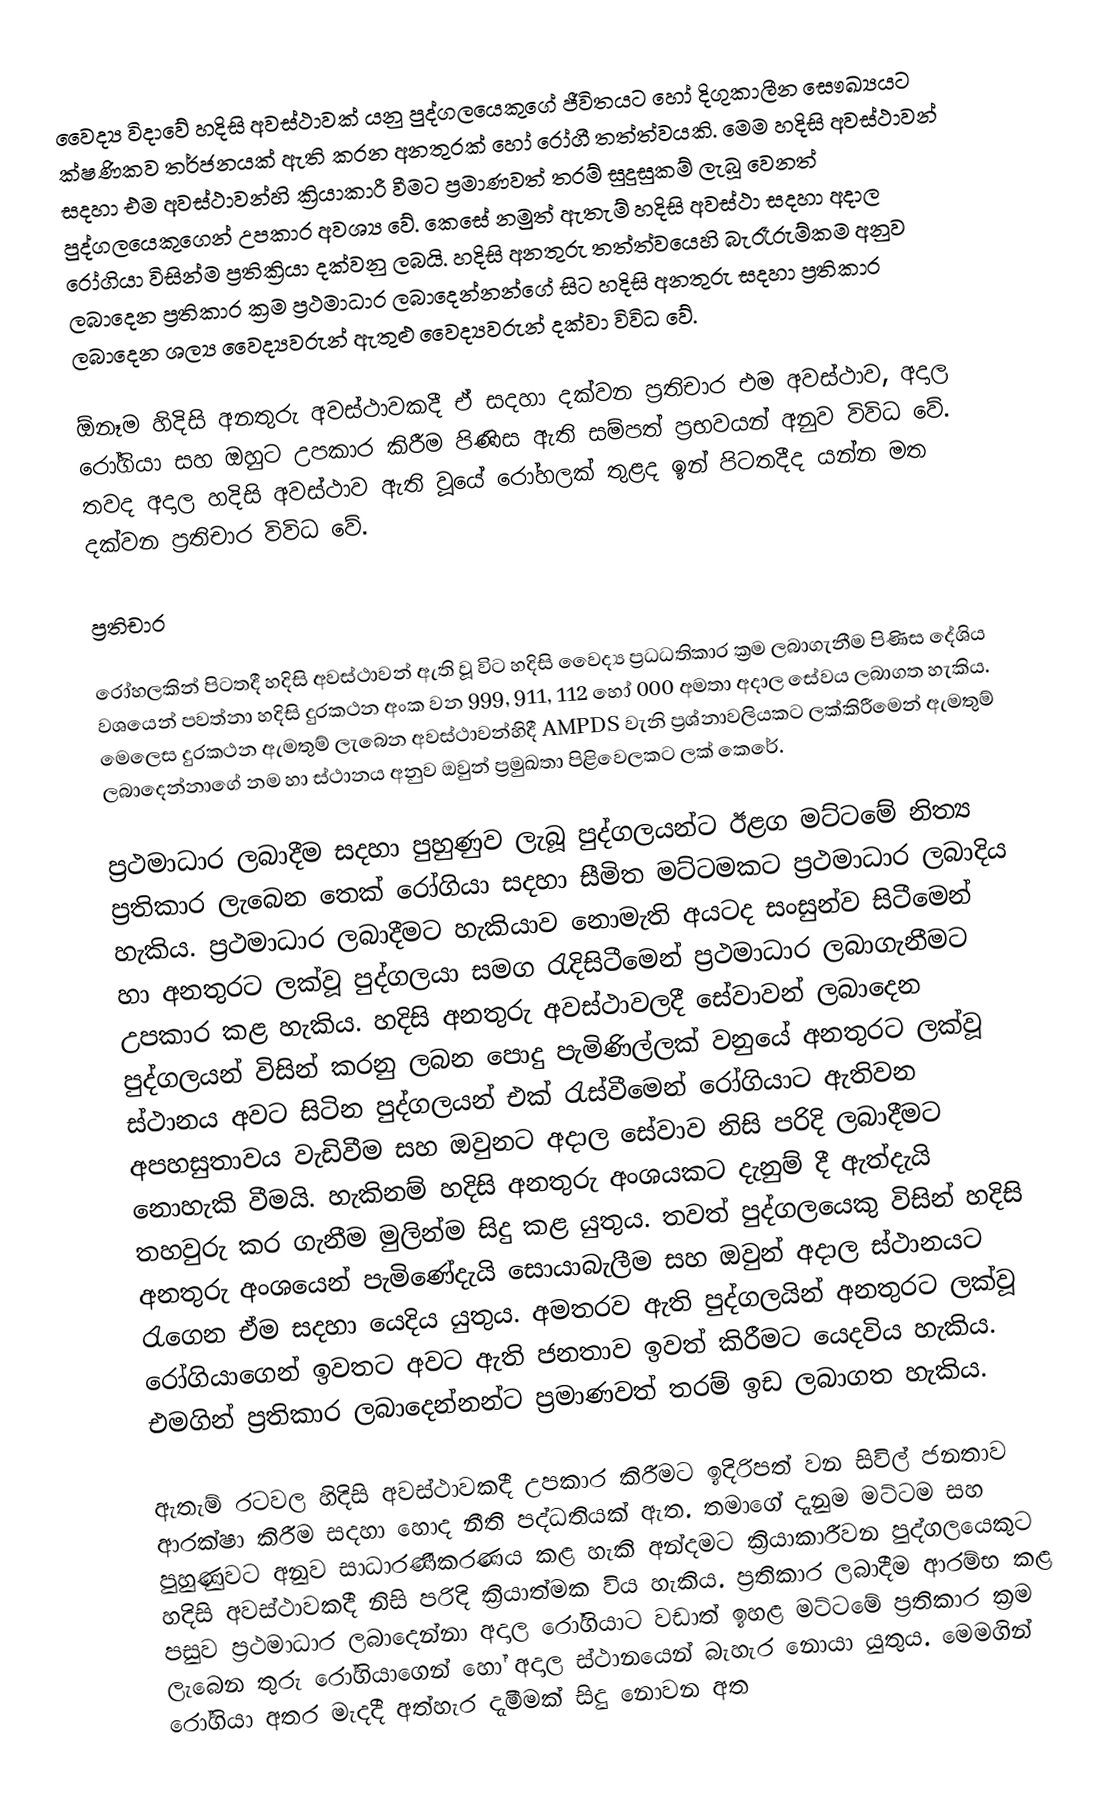
වෛද්‍ය විදාවේ හදිසි අවස්ථාවක් යනු පුද්ගලයෙකුගේ ජීවිතයට හෝ දිගුකාලීන සෞඛ්‍යයට ක්ෂණිකව තර්ජනයක් ඇති කරන අනතුරක් හෝ රෝගී තත්ත්වයකි. මෙම හදිසි අවස්ථාවන් සදහා එම අවස්ථාවන්හි ක්‍රියාකාරී වීමට ප්‍රමාණවත් තරම් සුදුසුකම් ලැබූ වෙනත් පුද්ගලයෙකුගෙන් උපකාර අවශ්‍ය වේ. කෙසේ නමුත් ඇතැම් හදිසි අවස්ථා සදහා අදාල රෝගියා විසින්ම ප්‍රතික්‍රියා දක්වනු ලබයි. හදිසි අනතුරු තත්ත්වයෙහි බැරෑරුම්කම අනුව ලබාදෙන ප්‍රතිකාර ක්‍රම ප්‍රථමාධාර ලබාදෙන්නන්ගේ සිට හදිසි අනතුරු සදහා ප්‍රතිකාර ලබාදෙන ශල්‍ය වෛද්‍යවරුන් ඇතුළු වෛද්‍යවරුන් දක්වා විවිධ වේ.

ඕනෑම හිදිසි අනතුරු අවස්ථාවකදී  ඒ සදහා දක්වන ප්‍රතිචාර එම අවස්ථාව, අදාල රෝගියා සහ ඔහුට උපකාර කිරීම පිණිස ඇති සම්පත් ප්‍රභවයන් අනුව විවිධ වේ. තවද අදාල හදිසි අවස්ථාව ඇති වූයේ රෝහලක් තුළද ඉන් පිටතදීද යන්න මත දක්වන ප්‍රතිචාර විවිධ වේ.

ප්‍රතිචාර

රෝහලකින් පිටතදී හදිසි අවස්ථාවන් ඇති වූ විට හදිසි වෛද්‍ය ප්‍රධධතිකාර ක්‍රම ලබාගැනීම පිණිස දේශිය වශයෙන් පවත්නා හදිසි දුරකථන අංක වන 999, 911, 112 හෝ 000 අමතා අදාල සේවය ලබාගත හැකිය. මෙලෙස දුරකථන ඇමතුම් ලැබෙන අවස්ථාවන්හිදී AMPDS වැනි ප්‍රශ්නාවලියකට ලක්කිරීමෙන් ඇමතුම් ලබාදෙන්නාගේ නම හා ස්ථානය අනුව ඔවුන් ප්‍රමුඛතා පිළිවෙලකට ලක් කෙරේ.

ප්‍රථමාධාර ලබාදීම සදහා පුහුණුව ලැබූ පුද්ගලයන්ට ඊළග මට්ටමේ නිත්‍ය ප්‍රතිකාර ලැබෙන තෙක් රෝගියා සදහා සීමිත මට්ටමකට ප්‍රථමාධ‍ාර ලබාදිය හැකිය. ප්‍රථමාධාර ලබාදීමට හැකියාව නොමැති අයටද සංසුන්ව සිටීමෙන් හා අනතුරට ලක්වූ පුද්ගලයා සමග රැදිසිටීමෙන් ප්‍රථමාධාර ලබාගැනීමට උපකාර කළ හැකිය. හදිසි අනතුරු අවස්ථාවලදී සේවාවන් ලබාදෙන පුද්ගලයන් විසින් කරනු ලබන පොදු පැමිණිල්ලක් වනුයේ අනතුරට ලක්වූ ස්ථානය අවට සිටින පුද්ගලයන් එක් රැස්වීමෙන් රෝගියාට ඇතිවන අපහසුතාවය වැඩිවීම සහ ඔවුනට අදාල සේවාව නිසි පරිදි ලබාදීමට නොහැකි වීමයි. හැකිනම් හදිසි අනතුරු අංශයකට දැනුම් දී ඇත්දැයි තහවුරු කර ගැනීම මුලින්ම සිදු කළ යුතුය. තවත් පුද්ගලයෙකු විසින් හදිසි අනතුරු අංශයෙන් පැමිණේදැයි සොයාබැලීම සහ ඔවුන් අදාල ස්ථානයට රැගෙන ඒම සදහා යෙදිය යුතුය. අමතරව ඇති පුද්ගලයින් අනතුරට ලක්වූ රෝගියාගෙන් ඉවතට අවට ඇති ජනතාව ඉවත් කිරීමට යෙදවිය හැකිය. එමගින් ප්‍රතිකාර ලබාදෙන්නන්ට ප්‍රමාණවත් තරම් ඉඩ ලබාගත හැකිය.

ඇතැම් රටවල හිදිසි අවස්ථාවකදී උපකාර කිරීමට ඉදිරිපත් වන සිවිල් ජනතාව ආරක්ෂා කිරීම සදහා හොද නීති පද්ධතියක් ඇත. තමාගේ දැනුම මට්ටම සහ පුහුණුවට අනුව සාධාරණීකරණය කළ හැකි අන්දමට ක්‍රියාකාරීවන පුද්ගලයෙකුට හදිසි අවස්ථාවකදී නිසි පරිදි ක්‍රියාත්මක විය හැකිය. ප්‍රතිකාර ලබාදීම ආරම්භ කළ පසුව ප්‍රථමාධාර ලබාදෙන්නා‍ අදාල රෝගියාට වඩාත් ඉහළ මට්ටමේ ප්‍රතිකාර ක්‍රම ලැබෙන තුරු රෝගියාගෙන් හෝ අදාල ස්ථානයෙන් බැහැර නොයා යුතුය. මෙමගින් රෝගියා අතර මැදදී අත්හැර දැමීමක් සිදු නොවන අත